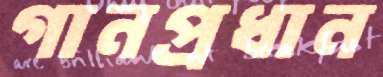
গানপ্রধান